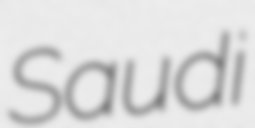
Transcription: Saudi